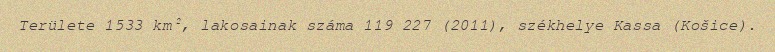
Területe 1533 km², lakosainak száma 119 227 (2011), székhelye Kassa (Košice).